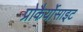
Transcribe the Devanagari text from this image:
प्रोकैर्योसाइट